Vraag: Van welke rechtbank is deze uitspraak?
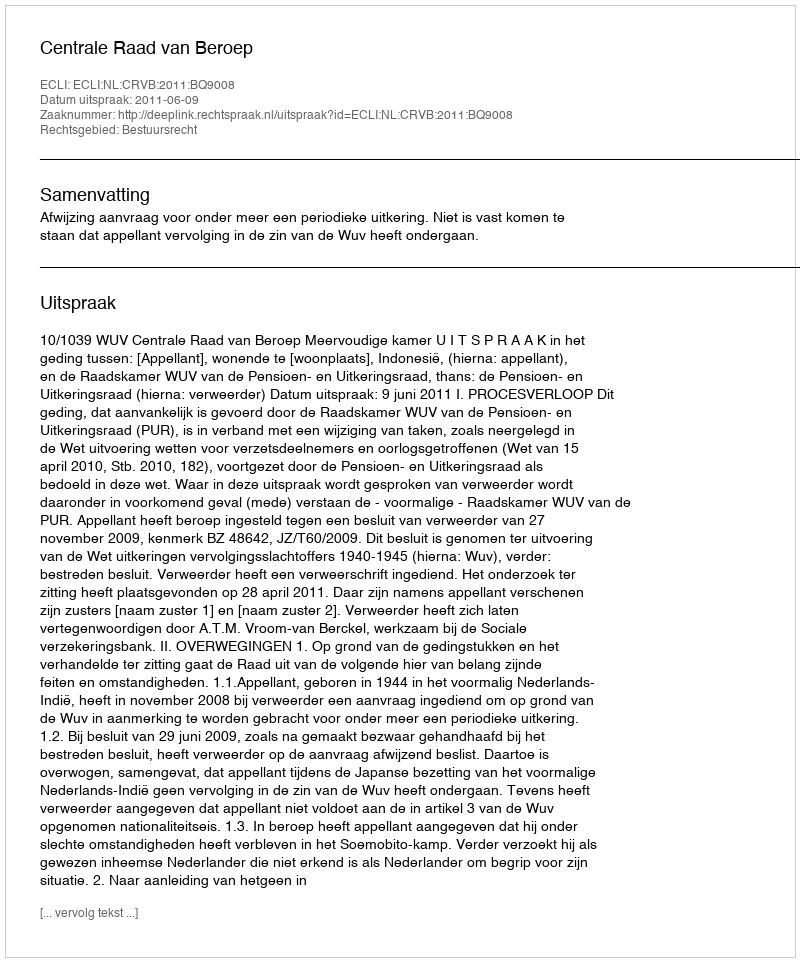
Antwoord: Centrale Raad van Beroep